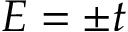
E = \pm t